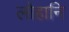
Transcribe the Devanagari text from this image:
लोहानि